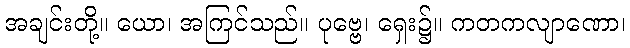
အချင်းတို့။ ယော၊ အကြင်သည်။ ပုဗ္ဗေ၊ ရှေး၌။ ကတကလျာဏော၊